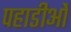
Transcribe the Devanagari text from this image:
पहाडीओं